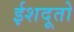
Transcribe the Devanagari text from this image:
ईशदूतो